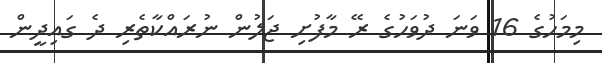
މިމަހުގެ 16 ވަނަ ދުވަހުގެ ރޭ މާފުށި ޖަލުން ނުރައްކާތެރި ދެ ގައިދީން